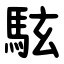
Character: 䮄